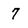
Character: 7